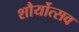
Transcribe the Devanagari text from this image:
शौर्योत्सव